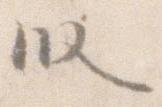
段